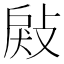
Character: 㪐